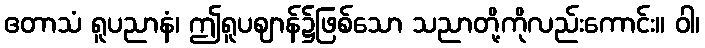
ဧတာသံ ရူပညာနံ၊ ဤရူပဈာန်၌ဖြစ်သော သညာတို့ကိုလည်းကောင်း။ ဝါ၊